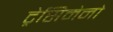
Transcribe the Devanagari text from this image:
ट्रेसिमेनो